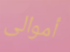
أموالى